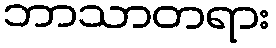
ဘာသာတရား